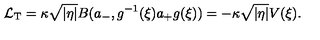
\mathcal L _ { \mathrm T } = \kappa \sqrt { | \eta | } B ( a _ { - } , g ^ { - 1 } ( \xi ) a _ { + } g ( \xi ) ) = - \kappa \sqrt { | \eta | } V ( \xi ) .